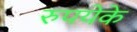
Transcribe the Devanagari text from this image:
रुपयेके